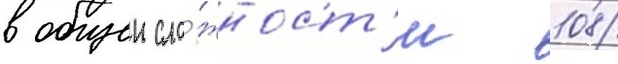
в общеи сло́жност'и 108